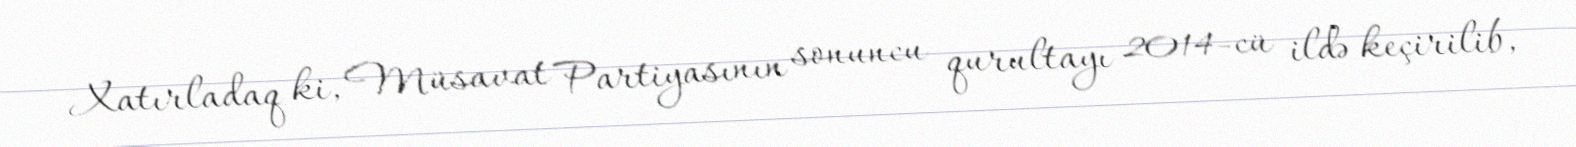
Xatırladaq ki, Müsavat Partiyasının sonuncu qurultayı 2014-cü ildə keçirilib,